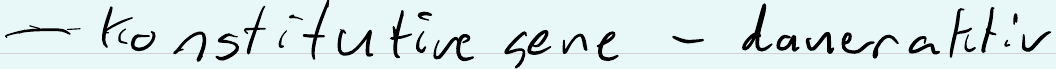
- Konstitutive gene - daueraktiv